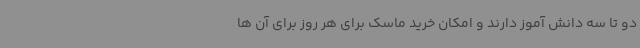
دو تا سه دانش آموز دارند و امکان خرید ماسک برای هر روز برای آن ها